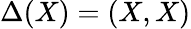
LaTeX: \Delta(X)=(X,X)